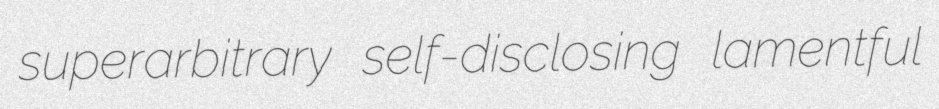
superarbitrary self-disclosing lamentful